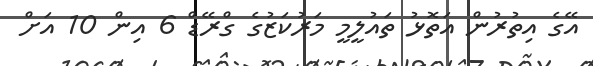
އޭގެ އިތުރުން އަތޮޅު ތައުލީމީ މަރުކަޒުގެ ގްރޭޑް 6 އިން 10 އަށް